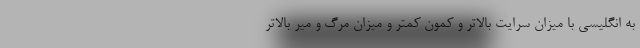
به انگلیسی با میزان سرایت بالاتر و کمون کمتر و میزان مرگ و میر بالاتر